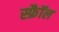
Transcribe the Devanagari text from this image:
स्फ्रैॉल